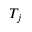
T _ { j }